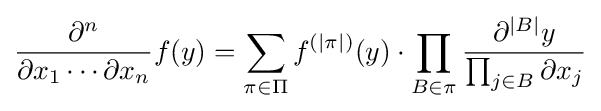
{\partial ^{n} \over \partial x_{1}\cdots \partial x_{n}}f(y)=\sum _{\pi \in \Pi }f^{(\left|\pi \right|)}(y)\cdot \prod _{B\in \pi }{\partial ^{\left|B\right|}y \over \prod _{j\in B}\partial x_{j}}